Annual administration report of the Civil Veterinary Department, Ajmere-Merwara, British Rajputana - 1914-1940
Year: 1914
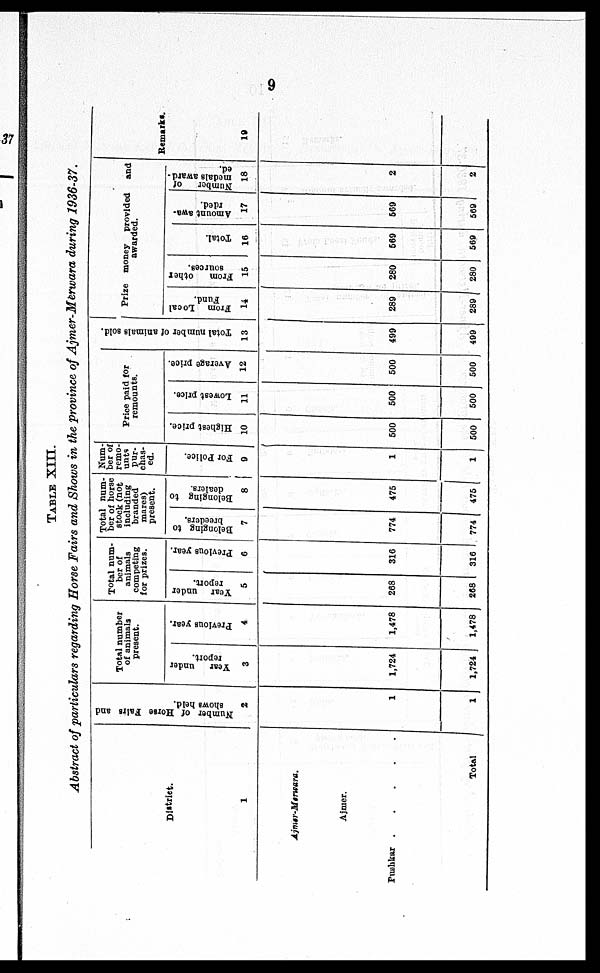
9
TABLE XIII
Abstract of particulars regarding Horse Fairs and Shows in the province of Ajmer-Merwara during 1936-37.
District.
1
Ajmer-Merwara.
Ajmer.
Pushkar
Total
Number of Horse Fairs and
shows held.
2
1
1
Total number
of animals
present.
Year under
report.
3
1,724
1,724
Previous year.
4
1,478
1,478
Total num-
ber of
animals
competing
for prizes.
Year under
report.
5
268
268
Previous year.
6
316
316
Total num-
ber of horse
stock (not
including
branded
mares)
present.
Belonging to
breeders.
7
774
774
Belonging to
dealers.
8
475
475
Num-
ber of
remo-
unts
pur-
chas-
ed.
For Police.
9
1
1
Price paid for
remounts.
Highest price.
10
500
500
Lowest price.
11
500
500
Average price.
12
500
500
Total number of animals sold.
13
499
499
Prize money provided
and
awarded.
From Local
Fund.
14
289
289
From
other
sources.
15
280
280
Total.
16
569
569
Amount awa-
rded.
17
569
569
Number of
medals award-
ed.
18
2
2
Remarks.
19